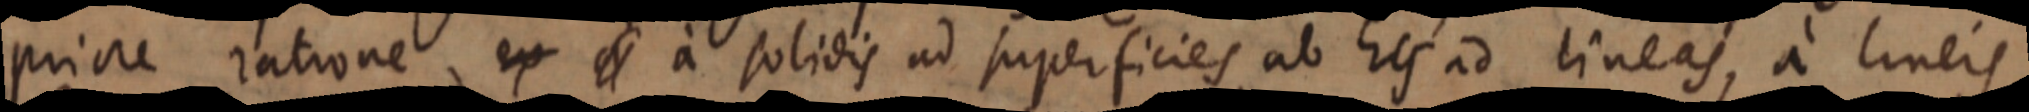
priore ratione ex _ a solidis ad superficies ab hes ad lineas, a lineis